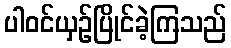
ပါဝင်ယှဉ်ပြိုင်ခဲ့ကြသည်